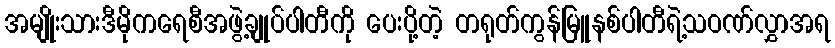
အမျိုးသားဒီမိုကရေစီအဖွဲ့ချုပ်ပါတီကို ပေးပို့တဲ့ တရုတ်ကွန်မြူနစ်ပါတီရဲ့သဝဏ်လွှာအရ